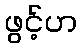
ဖွင့်ဟ